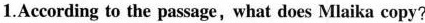
1.According to the passage, what does Mlaika copy?